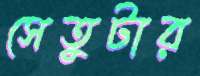
সেতুটার